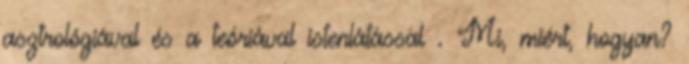
asztrológiával és a teóriával istenlátással . Mi, miért, hogyan?